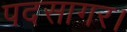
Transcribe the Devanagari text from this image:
पदसागर।